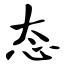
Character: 态